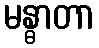
မန္ဓာတာ